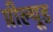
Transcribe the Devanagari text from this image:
प्रील्यूड